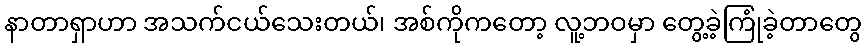
နာတာရှာဟာ အသက်ငယ်သေးတယ်၊ အစ်ကိုကတော့ လူ့ဘဝမှာ တွေ့ခဲ့ကြုံခဲ့တာတွေ